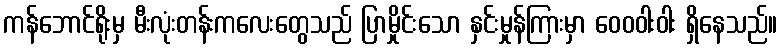
ကန်ဘောင်ရိုးမှ မီးလုံးတန်းကလေးတွေသည် ပြာမှိုင်းသော နှင်းမှုန်ကြားမှာ ဝေဝဝါးဝါး ရှိနေသည်။